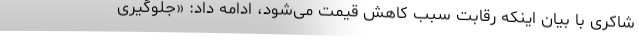
شاکری با بیان اینکه رقابت سبب کاهش قیمت می‌شود، ادامه داد: «جلوگیری